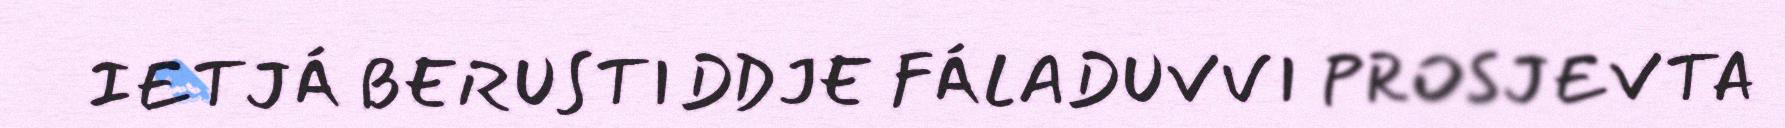
IETJÁ BERUSTIDDJE FÁLADUVVI PROSJEVTA